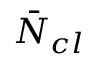
\bar { N } _ { c l }